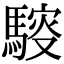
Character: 䮟